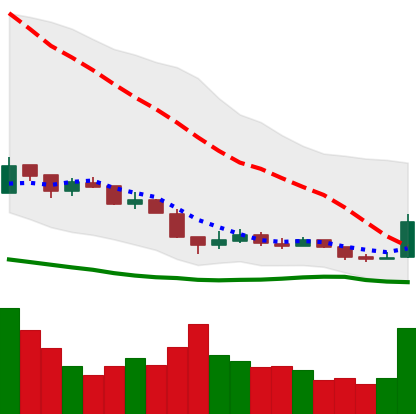
Ticker: XRP-USD
Chart end date: 2018-12-17
Forward return: 10.307%
Label: up_7plus